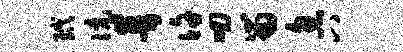
玳伉普许叨留忽八